Annual report on the working of the mental hospitals in the Madras Presidency - 1912-1932
Year: 1912
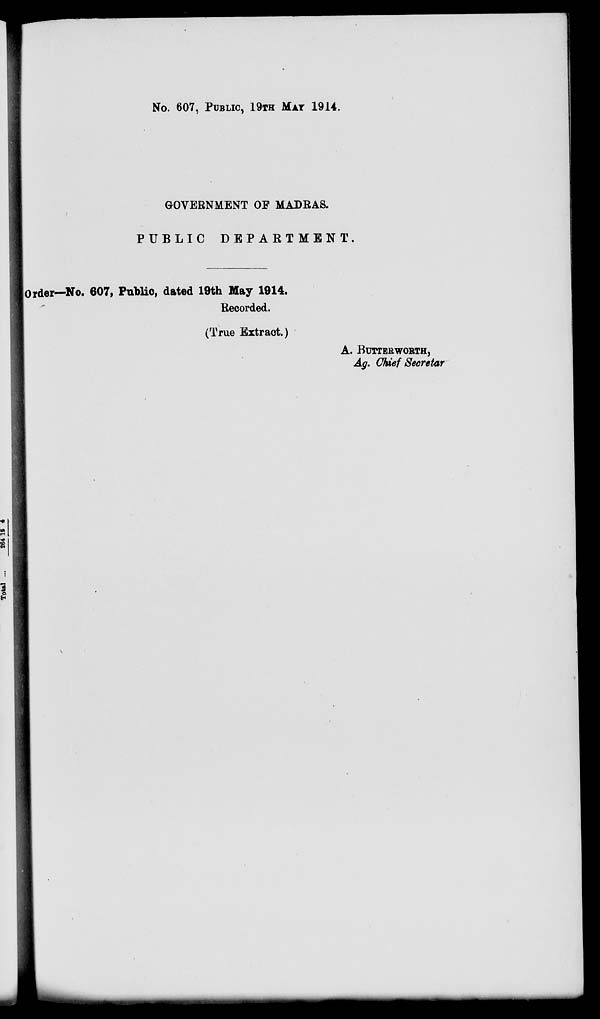
No. 607, PUBLIC, 19TH MAT 1914.
GOVERNMENT OE MADRAS.
PUBLIC DEPARTMENT.
Order—No. 607, Public, dated 19th May 1914.
Recorded.
(True Extract.)
A. BUTTERWORTH,
Ag. Chief Seeretar